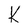
Character: K